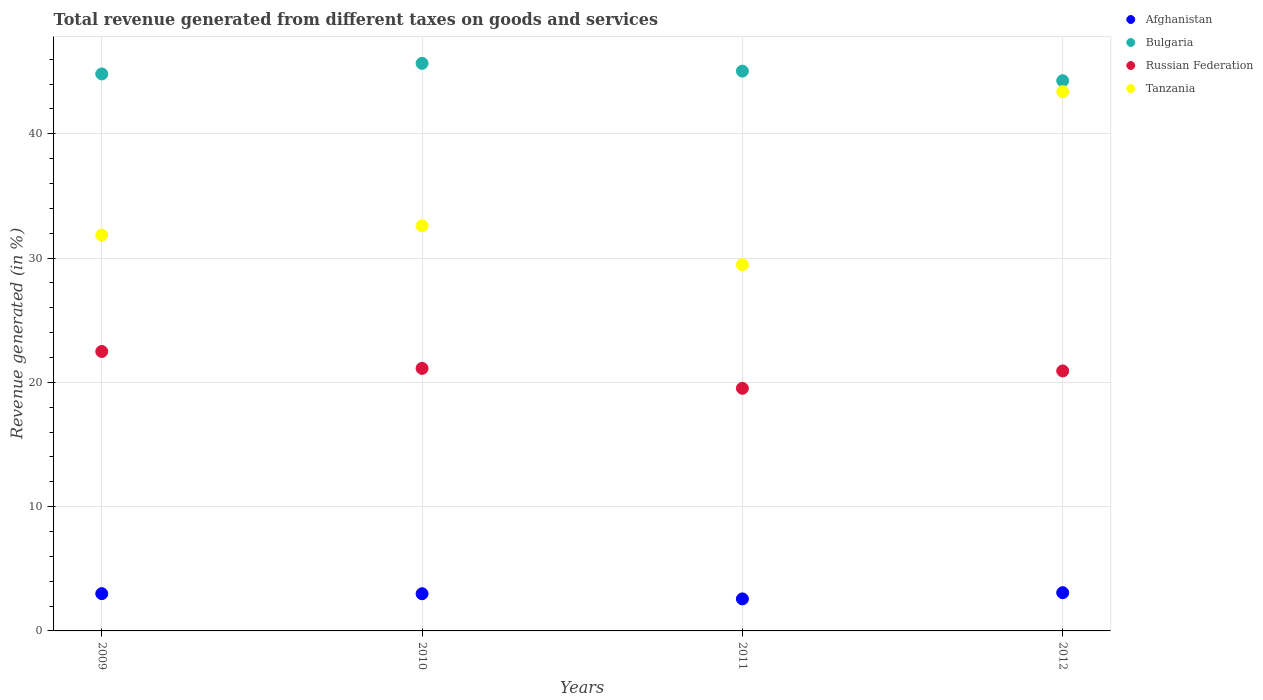
| Years | Afghanistan | Bulgaria | Russian Federation | Tanzania |
 | --- | --- | --- | --- | --- |
 | 2009 | 3 | 44.8 | 22.5 | 31.8 |
 | 2010 | 2.99 | 45.7 | 21.1 | 32.6 |
 | 2011 | 2.58 | 45 | 19.5 | 29.5 |
 | 2012 | 3.08 | 44.3 | 20.9 | 43.4 |